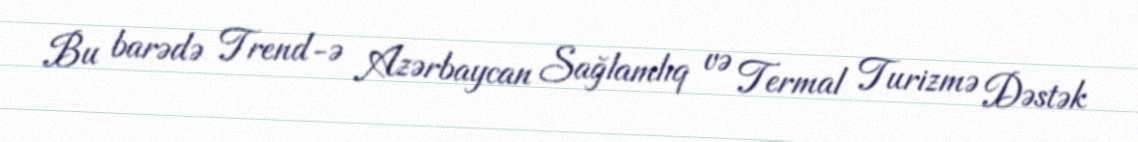
Bu barədə Trend-ə Azərbaycan Sağlamlıq və Termal Turizmə Dəstək